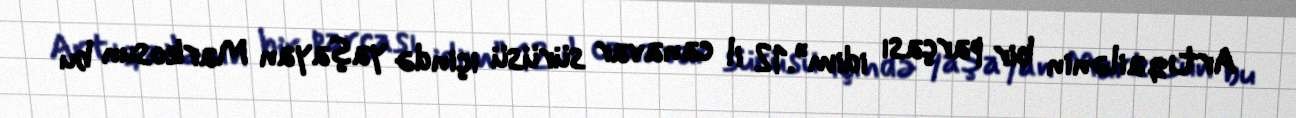
Artıq ailənin bir parçası idim”.12 il canavar sürüsü içində yaşayan Markosun bu